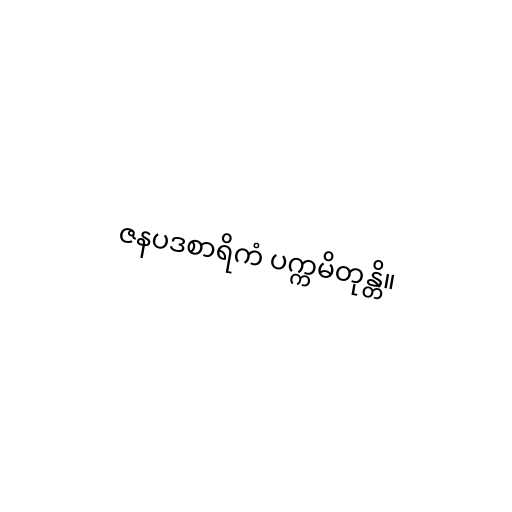
ဇနပဒစာရိကံ ပက္ကမိတုန္တိ။